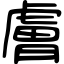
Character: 膚